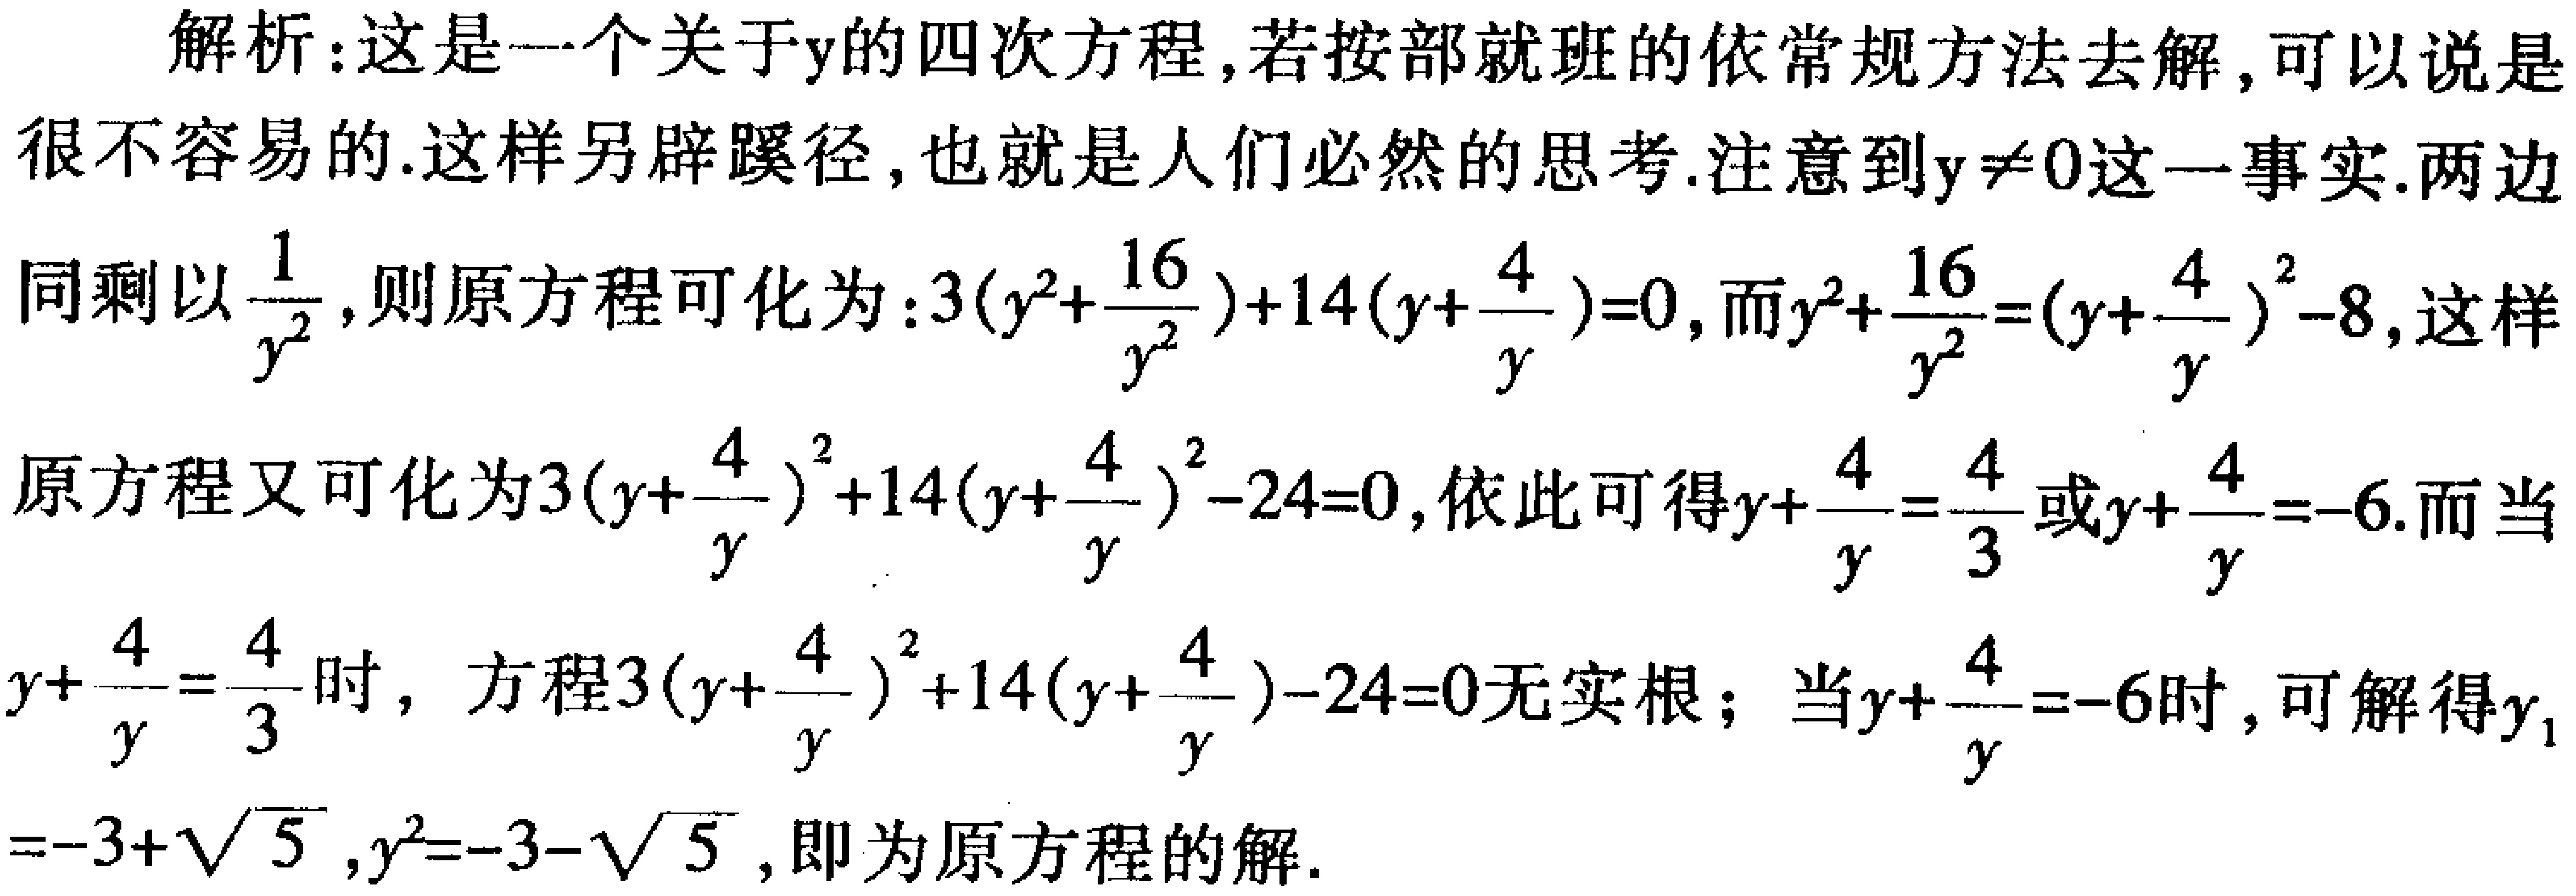
解析：这是一个关于\(y\)的四次方程，若按部就班的依常规方法去解，可以说是很不容易的.这样另辟蹊径,也就是人们必然的思考.注意到\(y\neq0\)这一事实.两边同乘以\(\frac{1}{y^{2}}\)，则原方程可化为：\(3(y^{2}+\frac{16}{y^{2}})+14(y + \frac{4}{y}) = 0\)，而\(y^{2}+\frac{16}{y^{2}}=(y + \frac{4}{y})^{2}-8\)，这样原方程又可化为\(3(y + \frac{4}{y})^{2}+14(y + \frac{4}{y})-24 = 0\)，依此可得\(y+\frac{4}{y}=\frac{4}{3}\)或\(y+\frac{4}{y}=-6\).而当\(y+\frac{4}{y}=\frac{4}{3}\)时，方程\(3(y + \frac{4}{y})^{2}+14(y + \frac{4}{y})-24 = 0\)无实根；当\(y+\frac{4}{y}=-6\)时，可解得\(y_{1}=-3+\sqrt{5}\)，\(y_{2}=-3-\sqrt{5}\)，即为原方程的解.